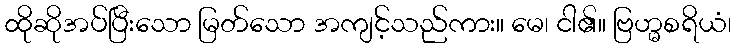
ထိုဆိုအပ်ပြီးသော မြတ်သော အကျင့်သည်ကား။ မေ၊ ငါ၏။ ဗြဟ္မစရိယံ၊